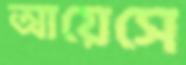
আয়েসে